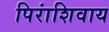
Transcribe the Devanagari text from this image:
पिरांशिवाय